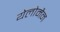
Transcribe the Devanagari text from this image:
येलोमैन